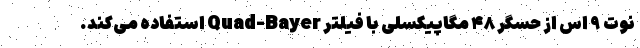
نوت ۹ اس از حسگر ۴۸ مگاپیکسلی با فیلتر Quad-Bayer استفاده می‌کند.